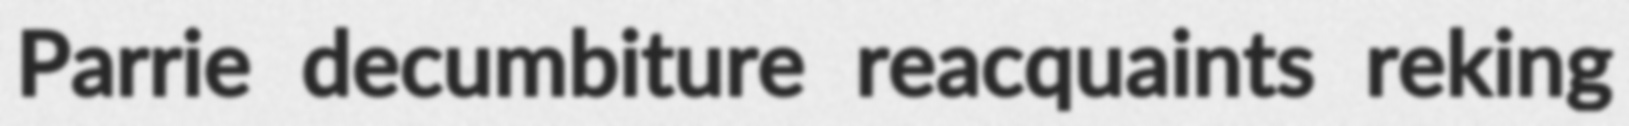
Parrie decumbiture reacquaints reking